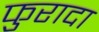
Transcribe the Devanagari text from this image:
फुरादा